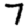
Digit: 7